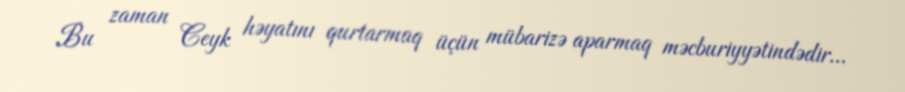
Bu zaman Ceyk həyatını qurtarmaq üçün mübarizə aparmaq məcburiyyətindədir...